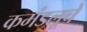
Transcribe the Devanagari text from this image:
कमंडलूचे